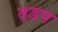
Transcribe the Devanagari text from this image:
त़डप